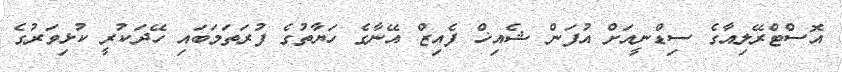
އޮސްޓްރޭލިއާގެ ސިޑްނީއަށް އުފަން ޝެއިޚް ފެއިޒް އޭނާގެ ހަޔާތުގެ ފުރަތަމަބައި ހޭދަކުރީ ކުޅިވަރުގެ